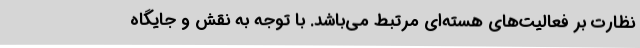
نظارت بر فعالیت‌های هسته‌ای مرتبط می‌باشد. با توجه به نقش و جایگاه